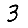
Digit: 3